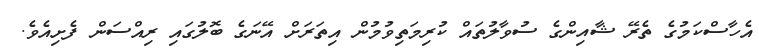
އެހާސްކަމުގެ ތެރޭ ޝާއިންގެ ސުވާލުތައް ކުރިމަތިވުމުން އިތަރަށް އޭނަގެ ބޮލުގައި ރިއްސަން ފެށިއެވެ.